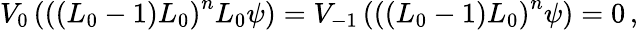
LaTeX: V_{0}\left(\left((L_{0}-1)L_{0}\right)^{n}L_{0}\psi\right)=V_{-1}\left(\left((L_{0}-1)L_{0}\right)^{n}\psi\right)=0\, ,